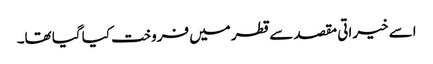
اسے خیراتی مقصد سے قطر میں فروخت کیا گیا تھا۔